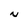
Character: N